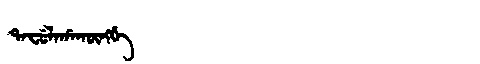
Manchu: ᡨᠠᠸᡠᠯᠠᡥᠠᡴᡡᠩᡤᡝ
Romanization: TAFULAHAKŪNGGE